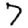
Digit: 7